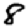
Digit: 8